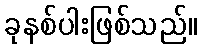
ခုနစ်ပါးဖြစ်သည်။